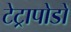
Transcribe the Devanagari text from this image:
टेट्रापोडों